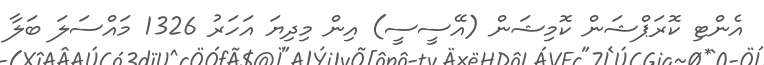
އެންޓި ކޮރަޕްޝަން ކޮމިޝަން (އޭސީސީ) އިން މިދިޔަ އަހަރު 1326 މައްސަލަ ބަލާ